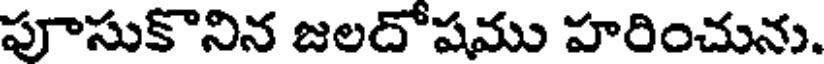
పూసుకొనిన జలదోషము హరించును.